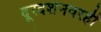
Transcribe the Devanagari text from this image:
दूरदर्शनवरही